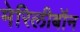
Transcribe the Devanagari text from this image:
मेरिलीबॉन